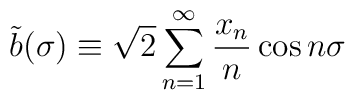
\tilde{b}(\sigma)\equiv\sqrt{2}\sum_{n=1}^\infty\frac{x_n}{n}\cos n\sigma